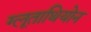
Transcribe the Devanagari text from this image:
ग्लूताथियोन